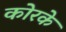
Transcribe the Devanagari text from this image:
कोरके